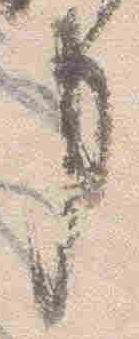
事